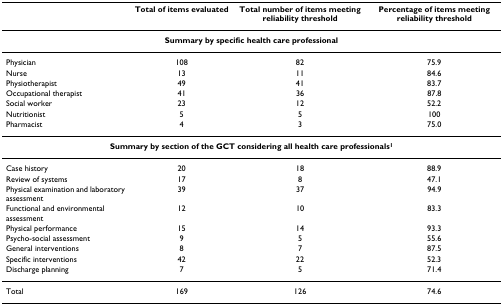
<table><thead><tr><td></td><td><b>Total of items evaluated</b></td><td><b>Total number of items meeting reliability threshold</b></td><td><b>Percentage of items meeting reliability threshold</b></td></tr></thead><tbody><tr><td colspan="4"><b>Summary by specific health care professional</b></td></tr><tr><td>Physician</td><td>108</td><td>82</td><td>75.9</td></tr><tr><td>Nurse</td><td>13</td><td>11</td><td>84.6</td></tr><tr><td>Physiotherapist</td><td>49</td><td>41</td><td>83.7</td></tr><tr><td>Occupational therapist</td><td>41</td><td>36</td><td>87.8</td></tr><tr><td>Social worker</td><td>23</td><td>12</td><td>52.2</td></tr><tr><td>Nutritionist</td><td>5</td><td>5</td><td>100</td></tr><tr><td>Pharmacist</td><td>4</td><td>3</td><td>75.0</td></tr><tr><td colspan="4"><b>Summary by section of the GCT considering all health care professionals<sup>1</sup></b></td></tr><tr><td>Case history</td><td>20</td><td>18</td><td>88.9</td></tr><tr><td>Review of systems</td><td>17</td><td>8</td><td>47.1</td></tr><tr><td>Physical examination and laboratory assessment</td><td>39</td><td>37</td><td>94.9</td></tr><tr><td>Functional and environmental assessment</td><td>12</td><td>10</td><td>83.3</td></tr><tr><td>Physical performance</td><td>15</td><td>14</td><td>93.3</td></tr><tr><td>Psycho-social assessment</td><td>9</td><td>5</td><td>55.6</td></tr><tr><td>General interventions</td><td>8</td><td>7</td><td>87.5</td></tr><tr><td>Specific interventions</td><td>42</td><td>22</td><td>52.3</td></tr><tr><td>Discharge planning</td><td>7</td><td>5</td><td>71.4</td></tr><tr><td>Total</td><td>169</td><td>126</td><td>74.6</td></tr></tbody></table>